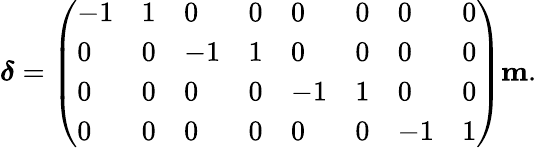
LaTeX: \begin{array}{r}{\boldsymbol{\delta}=\left(\begin{array}{llllllll}{-1}&{1}&{0}&{0}&{0}&{0}&{0}&{0}\\ {0}&{0}&{-1}&{1}&{0}&{0}&{0}&{0}\\ {0}&{0}&{0}&{0}&{-1}&{1}&{0}&{0}\\ {0}&{0}&{0}&{0}&{0}&{0}&{-1}&{1}\end{array}\right)\mathbf{m}.}\end{array}